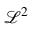
\mathcal { L } ^ { 2 }